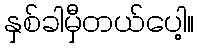
နှစ်ခါမှီတယ်ပေါ့။